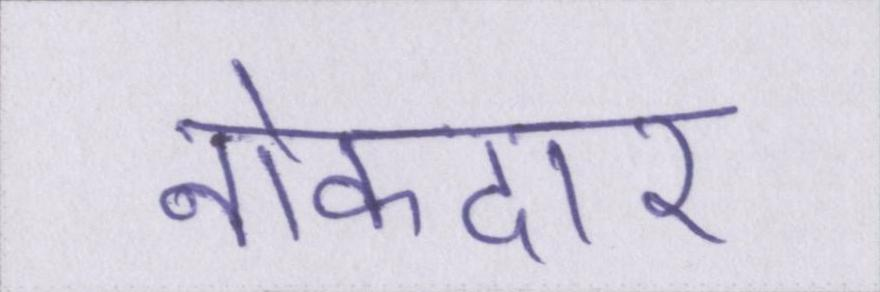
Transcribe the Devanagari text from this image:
नोकदार